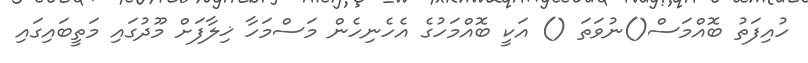
ހުއިފަތު ބޮއްމަސް()ނުވަތަ () އަކީ ބޮއްމަހުގެ އެހެނިހެން މަސްމަހާ ޚިލާފަށް މޫދުގައި މަތީބައިގައި